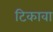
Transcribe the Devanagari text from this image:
टिकावा